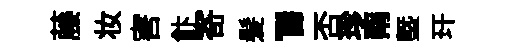
藤妆害飰寄髪~歸否珍南塈玕